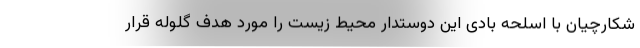
شکارچیان با اسلحه بادی این دوستدار محیط زیست را مورد هدف گلوله قرار